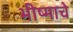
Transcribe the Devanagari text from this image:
भीष्माचे